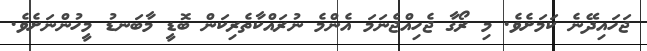
ޖަހައިދޭނެ ކަމަށެވެ. މި ރޯގާ ޖެހިއްޖެނަމަ އެންމެ ނުރައްކާތެރިކަން ބޮޑީ މާބަނޑު މީހުންނަށެވެ.